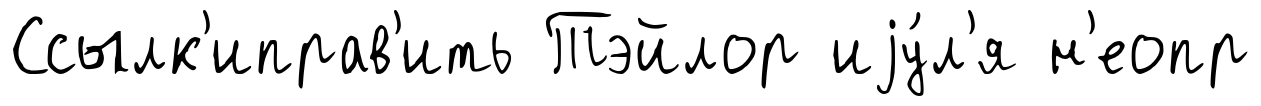
Ссылк'иправ'ить Тэйлор иjу́л'я н'еопр